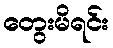
တွေးမိရင်း